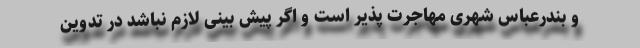
و بندرعباس شهری مهاجرت پذیر است و اگر پیش بینی لازم نباشد در تدوین